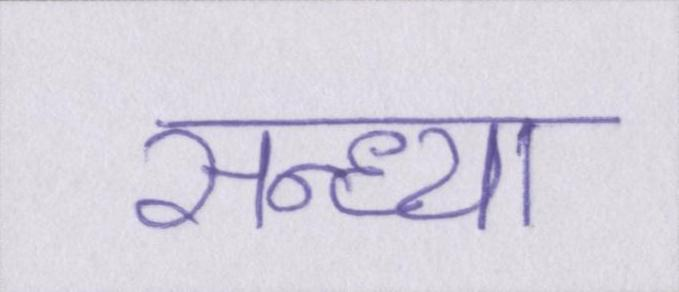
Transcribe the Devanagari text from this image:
सन्ध्या